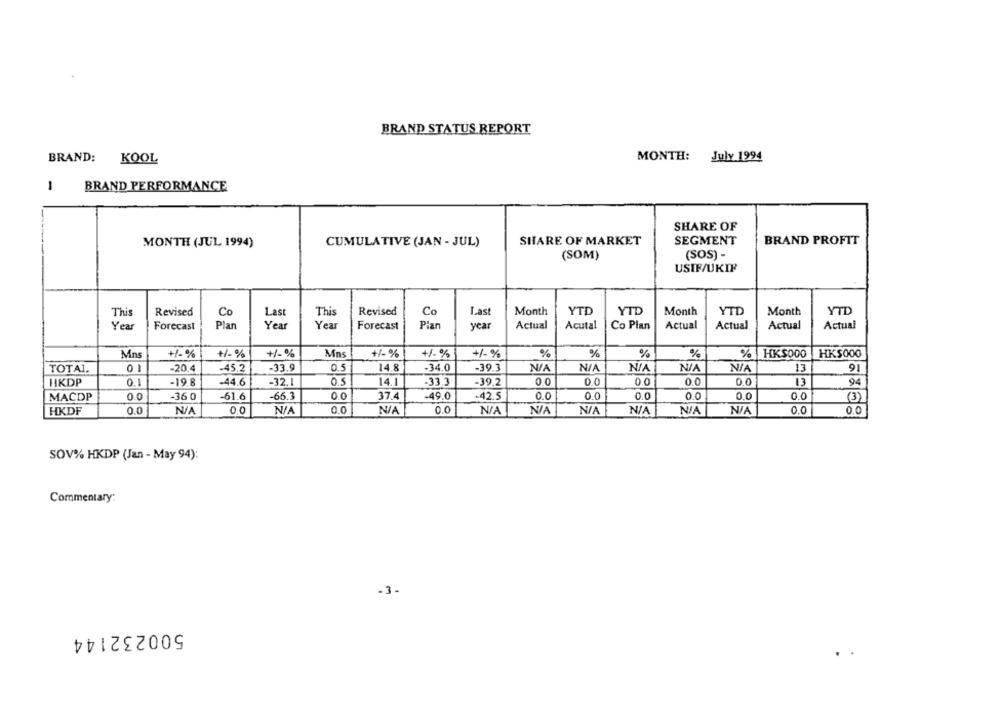
BRAND STATUS REPORT
MONTH: July 1994
BRAND: KOOL
-
BRAND PERFORMANCE
SHARE OF
MONTH (JUL 1994)
CUMULATIVE (JAN - JUL)
SHARE OF MARKET
SEGMENT
BRAND PROFIT
(SOM)
(SOS) -
USIF/UKIP
YTD
This
Revised
Co
Last
This
Revised
Co
Last
Month
YTD
Month
YTD
Month
YTD
Actual
Actual
Year
Forecast
Plan
Year
Year
Forecast
Plan
year
Acutal
Co Plan
Actual
Actual
Actual
%
%
%
% HKS000
HK$000
Mns
+1.%
+/-%
+1%
Mns
+/-%
+/-%
+/-%
0.1
-33.9
0.5
-34.0
-39.3
13
TOTAL.
-20.4
-45,2
14.8
91
-44.6
-32.1
0.5
0.0
0.0
0.0
94
HKDP
0.1
-19.8
14.1
-33,3
-39.2
0.0
13
MACDP
0.0
-36 0
-61.6
-66.3
00
37.4
-49.0
-42.5
D.O
0.0
0.0
0.0
0.0
0.0
(3)
0.0
0.0
0.0
0.0
HKDF
0.0
0.0
SOV% HKDP (Jan - May 94):
Commentary:
-3-
500232144